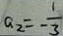
a _ { 2 } = - \frac { 1 } { 3 }